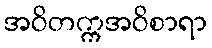
အဝိတက္ကအဝိစာရာ